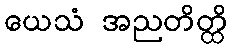
ယေသံ အညတိတ္ထိ